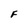
Character: F